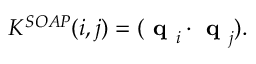
\centering K ^ { S O A P } ( i , j ) = ( \textbf { q } _ { i } \cdot \textbf { q } _ { j } ) .